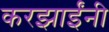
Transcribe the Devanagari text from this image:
करझाईंनी